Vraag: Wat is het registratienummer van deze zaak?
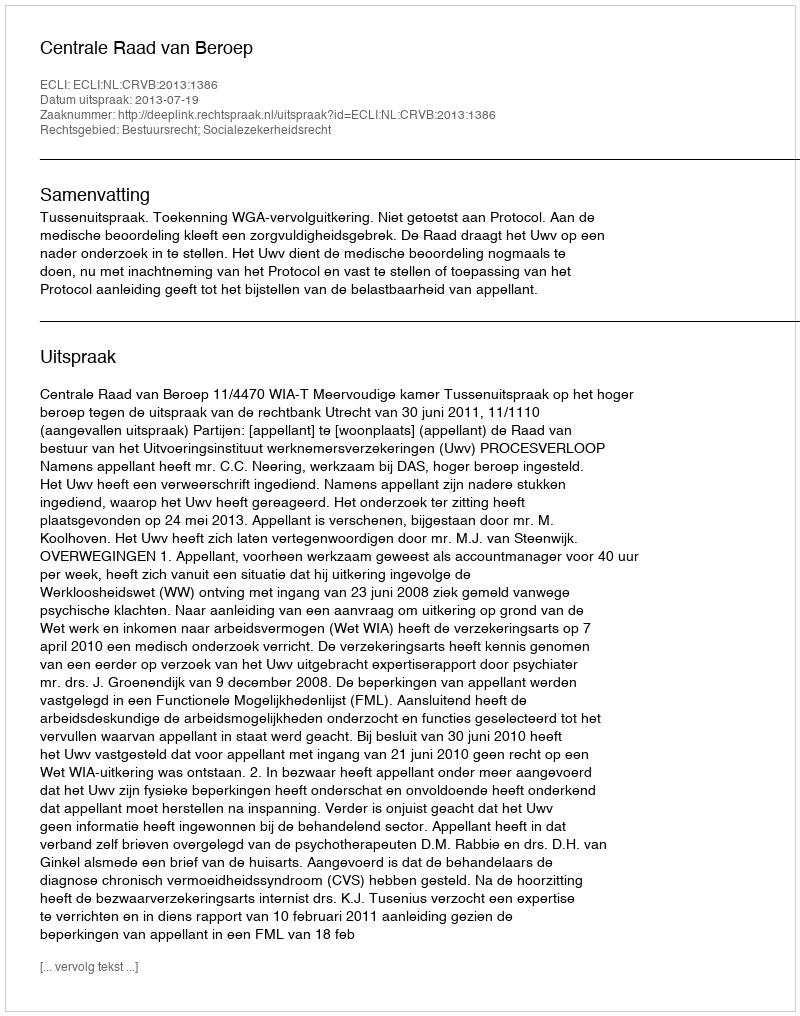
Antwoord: http://deeplink.rechtspraak.nl/uitspraak?id=ECLI:NL:CRVB:2013:1386